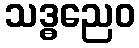
သဒ္ဓညေဝ